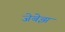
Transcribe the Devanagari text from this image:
जेबेझ